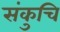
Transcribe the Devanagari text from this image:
संकुचि